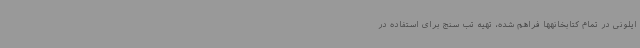
ایلونی در تمام کتابخانهها فراهم شده، تهیه تب‌ سنج برای استفاده در